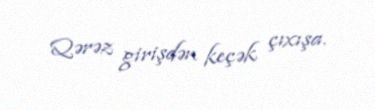
Qərəz girişdən keçək çıxışa.